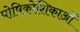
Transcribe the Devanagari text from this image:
पोषिकोशिकाओं